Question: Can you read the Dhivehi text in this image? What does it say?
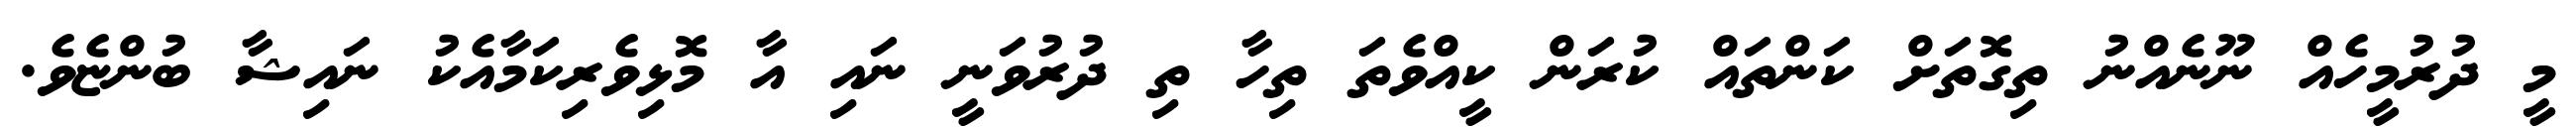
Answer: މީ ދުރުމީހެއް ނޫނެއްނު ތިގޮތަށް ކަންތައް ކުރަން ކީއްވެތަ ތިހާ ތި ދުރުވަނީ ނައި އާ މޮޅިވެރިކަމާއެކު ނައިޝާ ބުންޏެވެ.